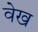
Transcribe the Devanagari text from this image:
वेख